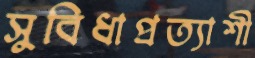
সুবিধাপ্রত্যাশী